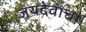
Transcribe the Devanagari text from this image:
जयदेवाचा